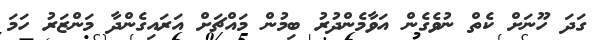
ގަދަ ހޫނަށް ކެތް ނުވެގެން އަވާމެންދުރު ބިމުން މައްޗަށް އަރައިގެންދާ މަންޒަރު ހަމަ